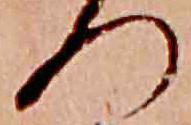
つ